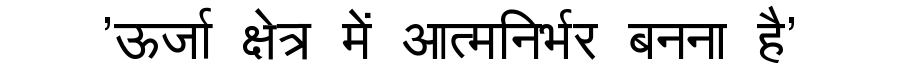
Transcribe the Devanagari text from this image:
'ऊर्जा क्षेत्र में आत्मनिर्भर बनना है'